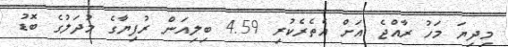
މިދިޔަ މަހު ރާއްޖެ އަށް އެތެރެކުރި 4.59 ބިލިއަން ރުފިޔާގެ މުދަލުގެ ބޮޑު